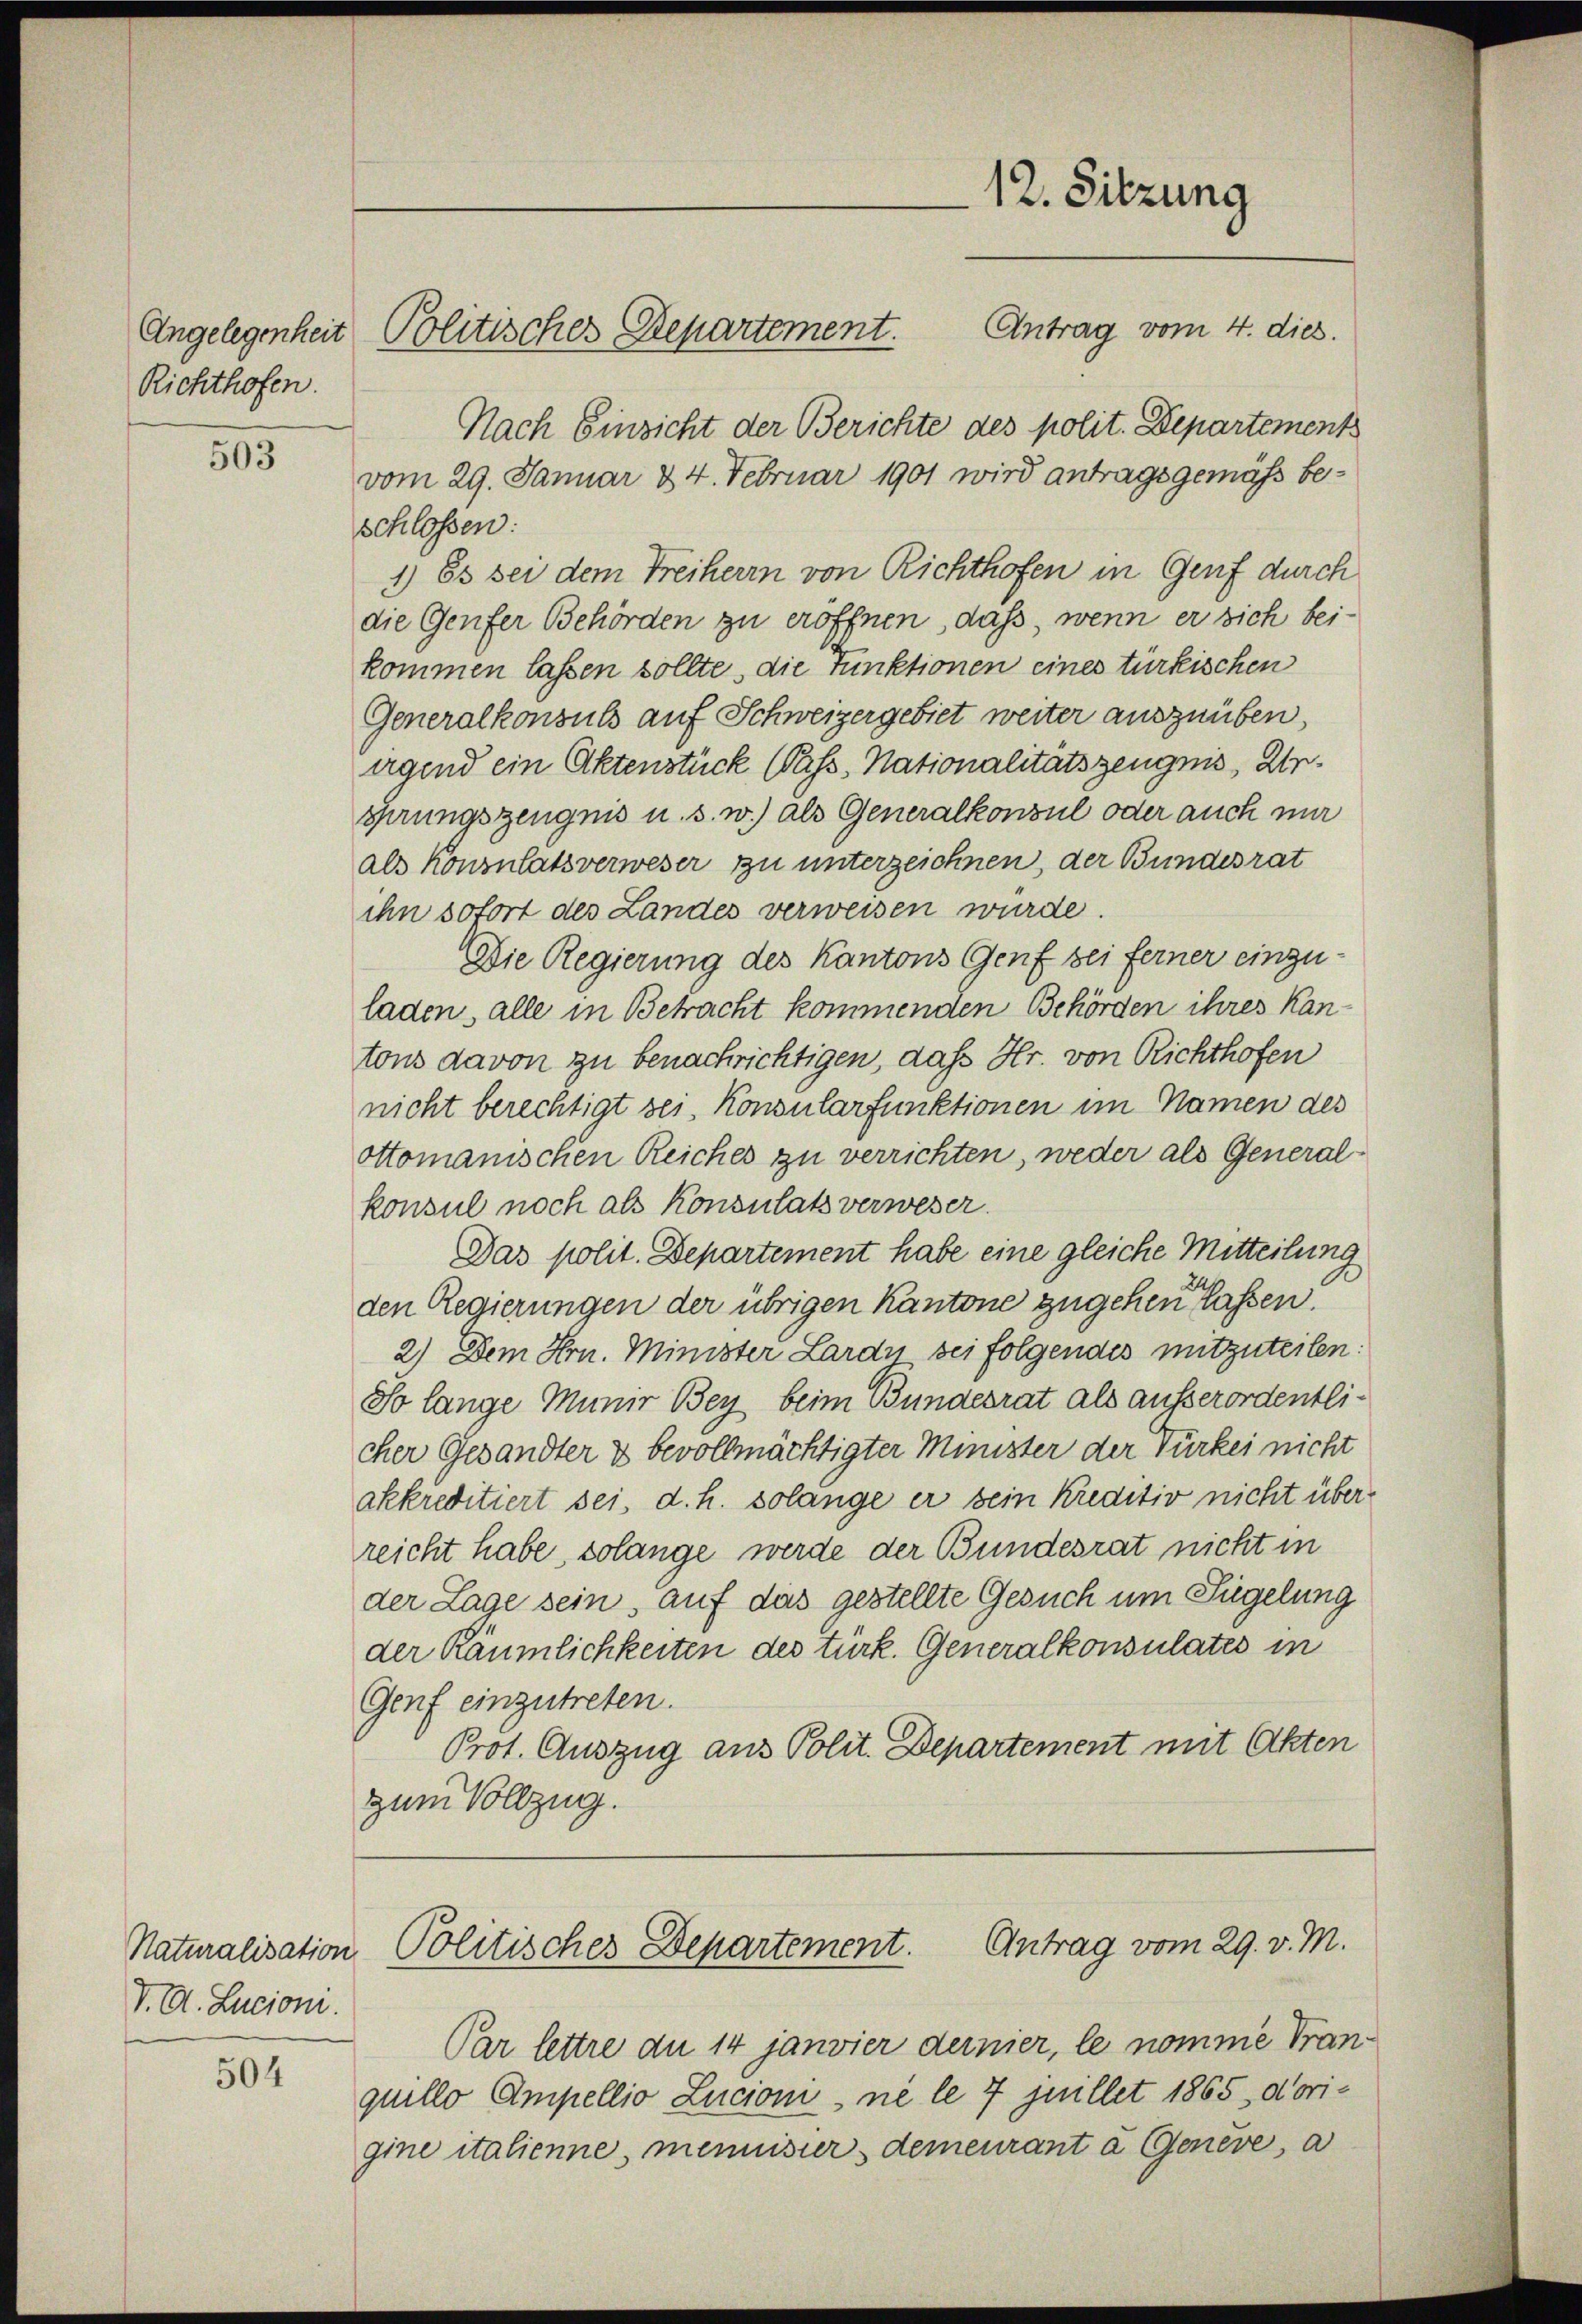
Richthofen.

503

Naturalisation
V. D. Lucioni.

504

Nach Einsicht der Berichte des polit. Departements
vom 29. Januar &4. Februar 1901 wird antragsgemäß beschlossen:
1) Es sei dem Freiherrn von Richthofen in Genf durch
die Genfer Behörden zu eröffnen, daß, wenn er sich beikommen lassen sollte, die Funktionen eines türkischen
Generalkonsuls auf Schweizergebiet weiter auszuüben,
irgend ein Aktenstück (Pass, Nationalitätszeugnis, Aröhrungszeugnis u. s. w.) als Generalkonsul oder auch mir
als Konsulats verweser zu unterzeichnen, der Bundesrat
ihn sofort des Landes verweisen wurde.
Die Regierung des Kantons Genf sei ferner einzuladen, alle in Betracht kommenden Behörden ihres Kantons davon zu benachrichtigen, daß Hr. von Richthofen
nicht berechtigt sei, Konsularfunktionen im Namen des
Ottomanischen Reiches zu verrichten, weder als Generalkonsul noch als Konsulats verweser.
Das polit. Departement habe eine gleiche Mitteilung
den Regierungen der übrigen Kantone zugehen lassen.
2.) Dem Hrn. Minister Lardy sei folgendes mitzuteilen:
So lange Munir Bey beim Bundesrat als ausserordentlicher Gesandter & bevollmächtigter Minister der Türkei nicht
akkreditiert sei, d. h. solange er sein Kreditiv nicht überreicht habe, solange werde der Bundesrat nicht in
der Lage sein, auf das gestellte Gesuch um Fügelung
der Räumlichkeiten des türk. Generalkonsulates in
Genf einzutreten.
Prot. Auszug aus Polit. Departement mit Akten
zum Vollzug.

12. Sitzung
Antrag vom 4. dies.
Angelegenheit Politisches Repartement.

Politisches Departement. Antrag vom 29. v. M.

Par lettre du 14 janvier dernier, le nomme Franquillo Ampellio Lucioni, ne le 7 juillet 1865, dorigine italienne, meinister demeurant a Genève, a